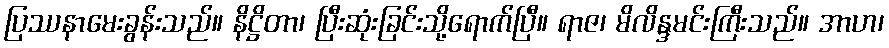
ပြဿနာမေးခွန်းသည်။ နိဋ္ဌိတာ၊ ပြီးဆုံးခြင်းသို့ရောက်ပြီ။ ရာဇ၊ မိလိန္ဒမင်းကြီးသည်။ အာဟ၊